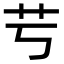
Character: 䒓